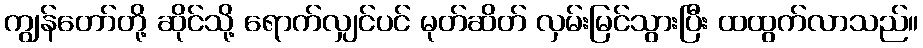
ကျွန်တော်တို့ ဆိုင်သို့ ရောက်လျှင်ပင် မုတ်ဆိတ် လှမ်းမြင်သွားပြီး ထထွက်လာသည်။